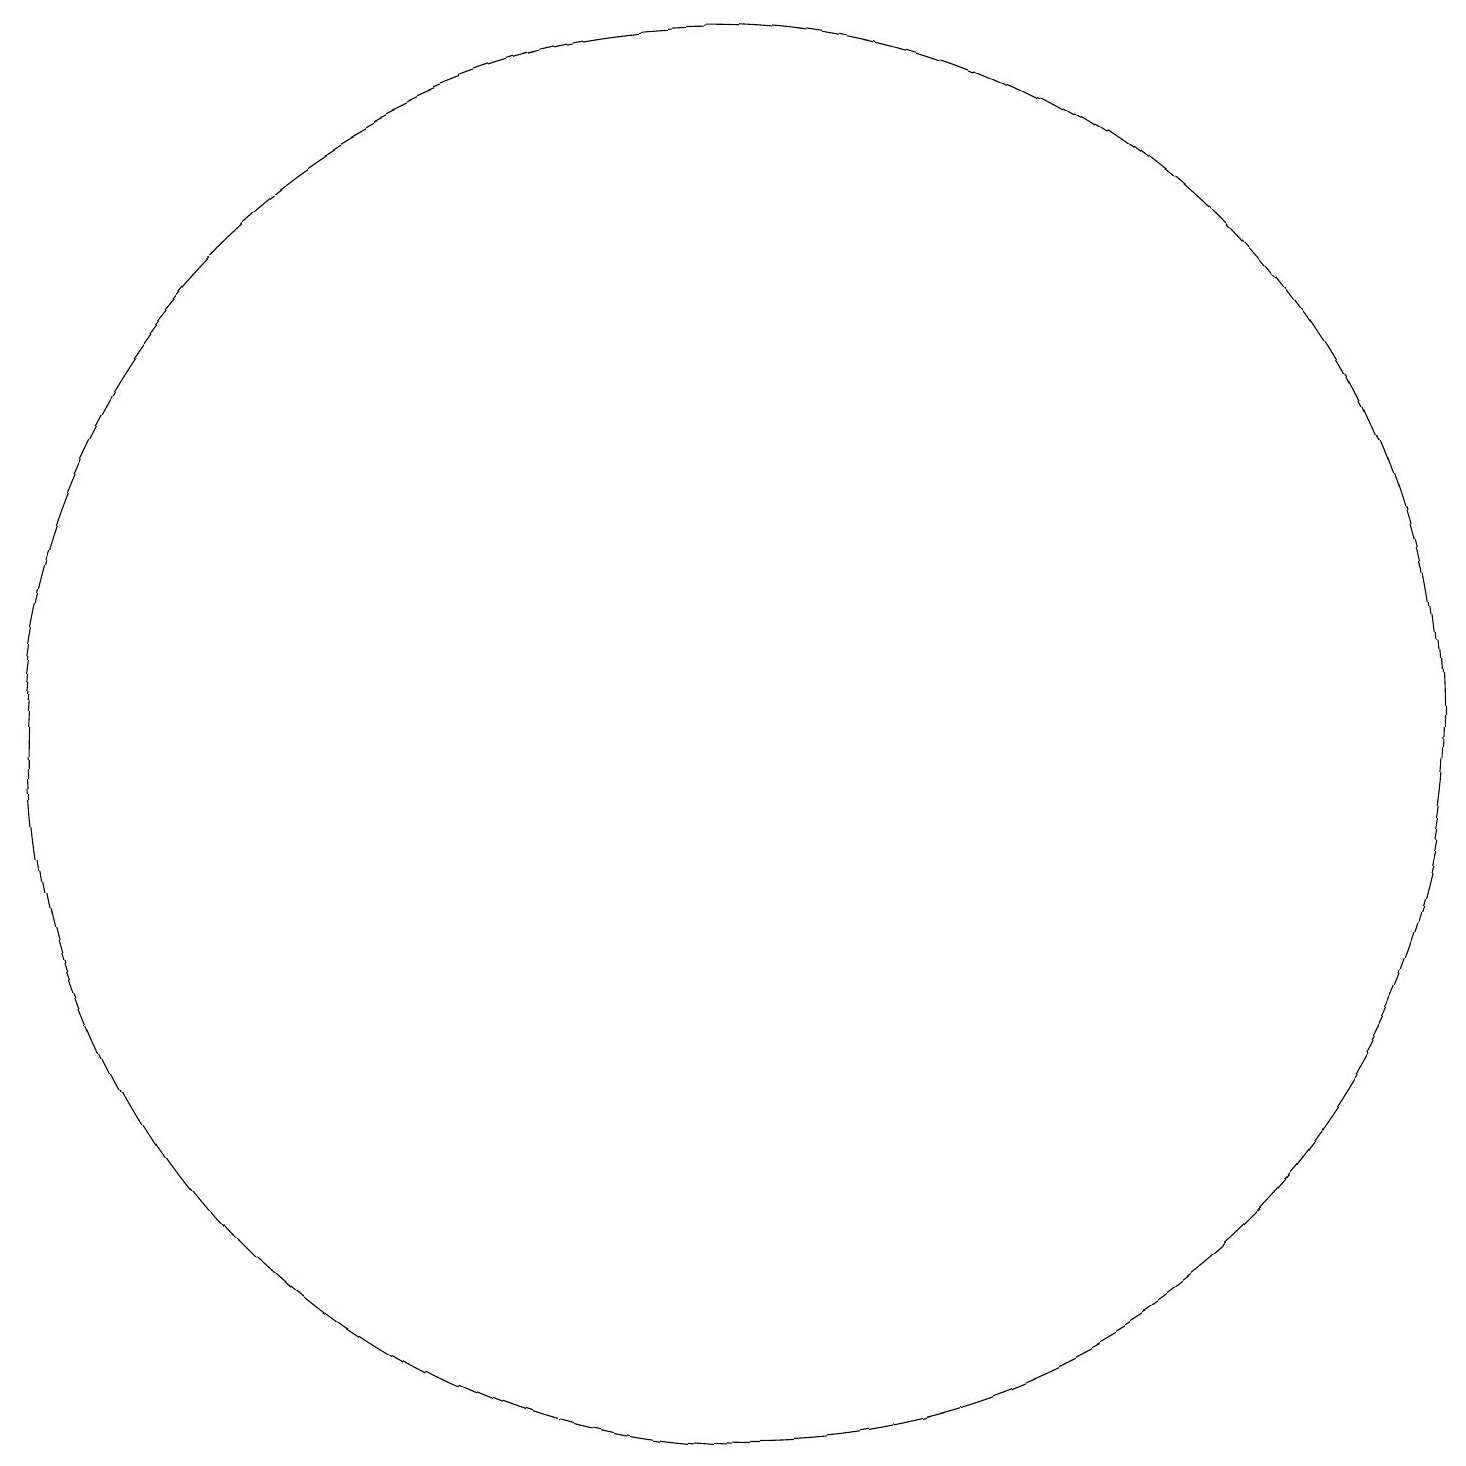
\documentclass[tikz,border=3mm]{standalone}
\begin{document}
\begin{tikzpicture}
\draw (10,11) circle (0);
\draw (10,11) circle (9);
\draw (12,11) circle (0);
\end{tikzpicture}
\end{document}